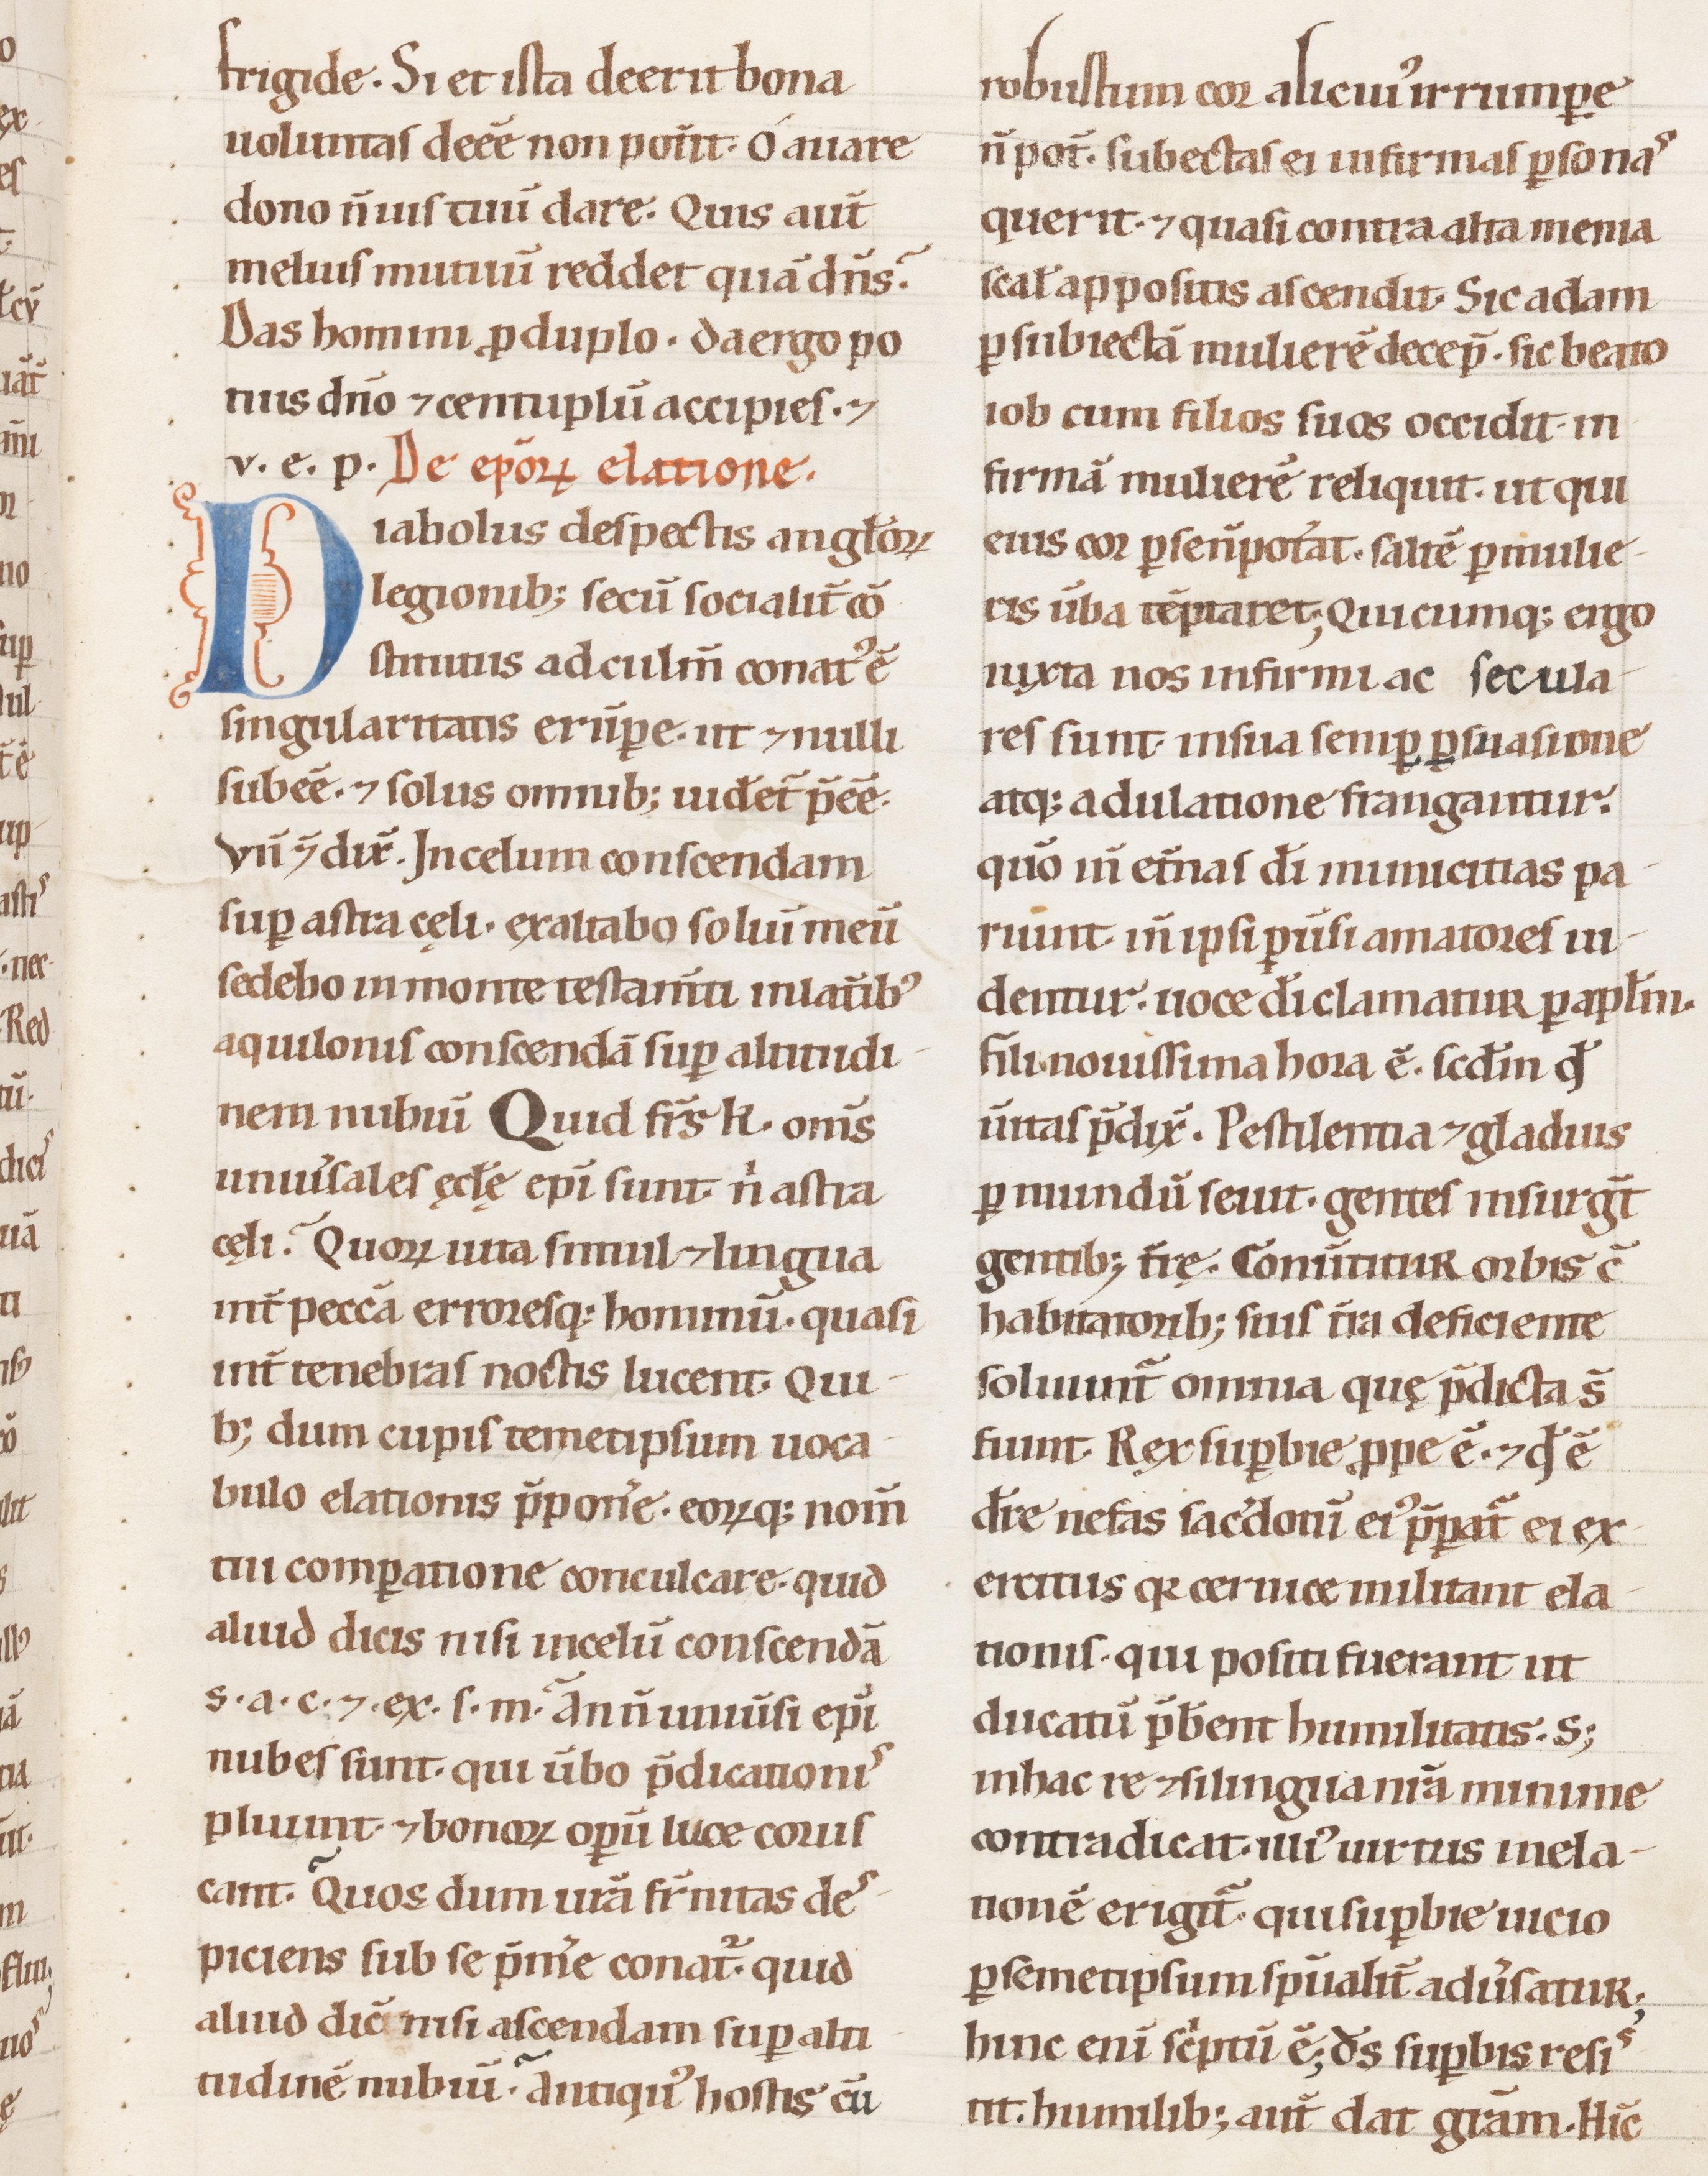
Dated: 1100–1199